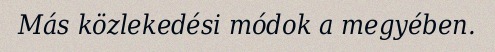
Más közlekedési módok a megyében.